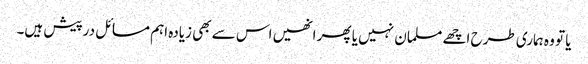
یا تو وہ ہماری طرح اچھے مسلمان نہیں یا پھر انھیں اس سے بھی زیادہ اہم مسائل درپیش ہیں۔